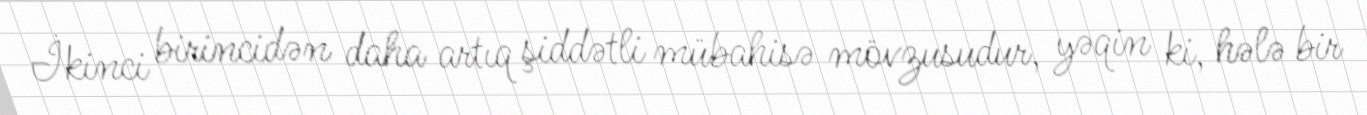
İkinci birincidən daha artıq şiddətli mübahisə mövzusudur, yəqin ki, hələ bir